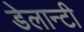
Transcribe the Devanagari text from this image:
डेलान्टी